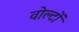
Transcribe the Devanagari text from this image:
वोल्टों